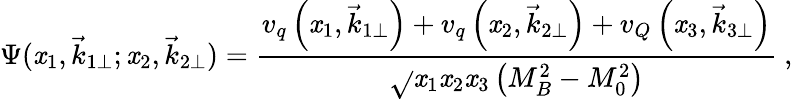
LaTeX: \Psi(\mathit{x}_{1},\vec{{k}}_{1\perp};\mathit{x}_{2},\vec{{k}}_{2\perp})=\frac{{v_{q}\left(\mathit{x}_{1},\vec{{k}}_{1\perp}\right)+v_{q}\left(\mathit{x}_{2},\vec{{k}}_{2\perp}\right)+v_{Q}\left(\mathit{x}_{3},\vec{{k}}_{3\perp}\right)}}{{\sqrt{}{{\mathit{x}_{1}\mathit{x}_{2}\mathit{x}_{3}}}\left(M_{B}^{2}-M_{0}^{2}\right)}}\ ,